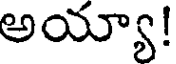
అయ్యా!